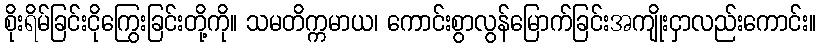
စိုးရိမ်ခြင်းငိုကြွေးခြင်းတို့ကို။ သမတိက္ကမာယ၊ ကောင်းစွာလွန်မြောက်ခြင်းအကျိုးငှာလည်းကောင်း။